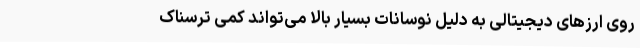
روی ارزهای دیجیتالی به دلیل نوسانات بسیار بالا می‌تواند کمی ترسناک